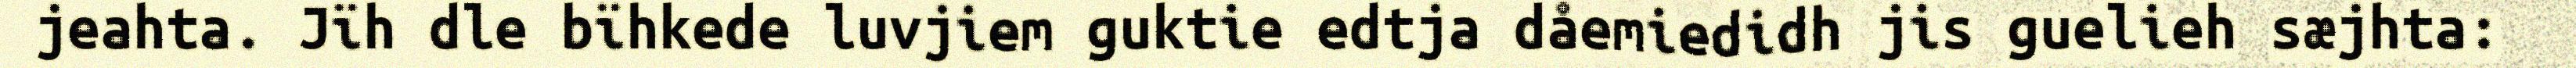
jeahta. Jïh dle bïhkede luvjiem guktie edtja dåemiedidh jis guelieh sæjhta: